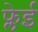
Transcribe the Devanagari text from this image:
फ्लेई